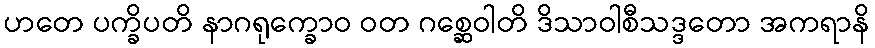
ဟတေ ပက္ခိပတိ နာဂရုက္ခောဝ ဝတ ဂစ္ဆေဝါတိ ဒိသာဝါစီသဒ္ဒတော အကရာနိ